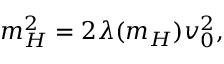
m _ { H } ^ { 2 } = 2 \lambda ( m _ { H } ) v _ { 0 } ^ { 2 } ,